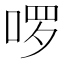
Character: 啰